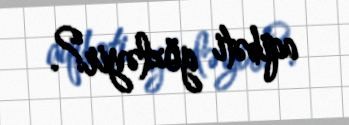
aqibəti gözləyir?.